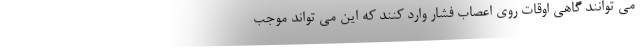
می توانند گاهی اوقات روی اعصاب فشار وارد کنند که این می تواند موجب